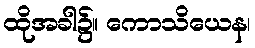
ထိုအခါ၌။ ကောသိယေန၊